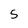
Character: 5